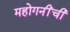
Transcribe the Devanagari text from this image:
महोगनींची